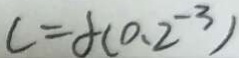
c = f ( 0 . 2 ^ { - 3 } )